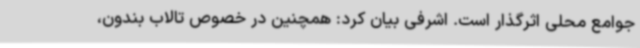
جوامع محلی اثرگذار است. اشرفی بیان کرد: همچنین در خصوص تالاب بندون،